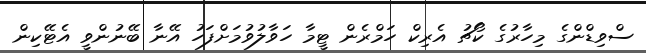
ސްވިޑްންގެ މިހާރުގެ ކޯޗު އެރިކް ހަމްރެން ޓީމާ ހަވާލުވުމަށްފަހު އޭނާ ބޭނުންވީ އެޓޭކިން